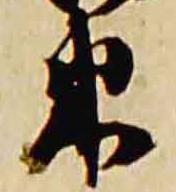
束